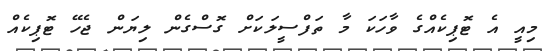
މިއީ އެ ޓޮޕިކެއްގެ ވާހަކަ މާ ތަފްސީލަކަށް ގޮސްގެން ލިޔަން ޖެހޭ ޓޮޕިކެއް